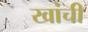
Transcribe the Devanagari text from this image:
खांची